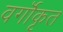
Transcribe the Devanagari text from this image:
वर्गॊकृत